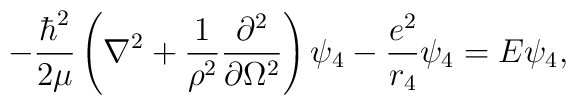
-\frac{\hbar^2}{2\mu}\left(\nabla^2+\frac{1}{\rho^2}\frac{\partial^2}{\partial \Omega^2}\right)\psi_4 - \frac{e^2}{r_4}\psi_4 = E\psi_4,